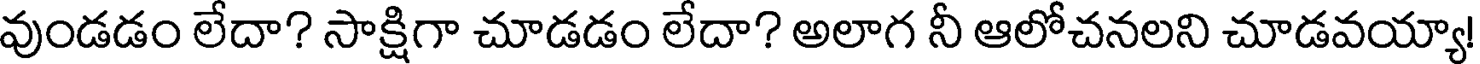
వుండడం లేదా? సాక్షిగా చూడడం లేదా? అలాగ నీ ఆలోచనలని చూడవయ్యా